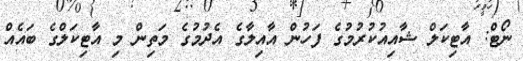
ނޯޓް: އާޓިކަލް ޝާއިއުކުރުމުގެ ފަހުން އާއިލާގެ އެދުމުގެ މަތިން މި އާޓިކަލްގެ ބައެއް